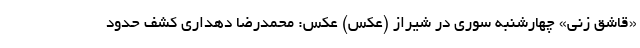
«قاشق زنی» چهارشنبه سوری در شیراز (عکس) عکس: محمدرضا دهداری کشف حدود